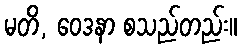
မတိ, ဝေဒနာ စသည်တည်း။